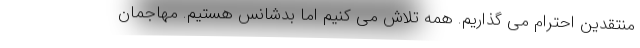
منتقدین احترام می گذاریم. همه تلاش می کنیم اما بدشانس هستیم. مهاجمان